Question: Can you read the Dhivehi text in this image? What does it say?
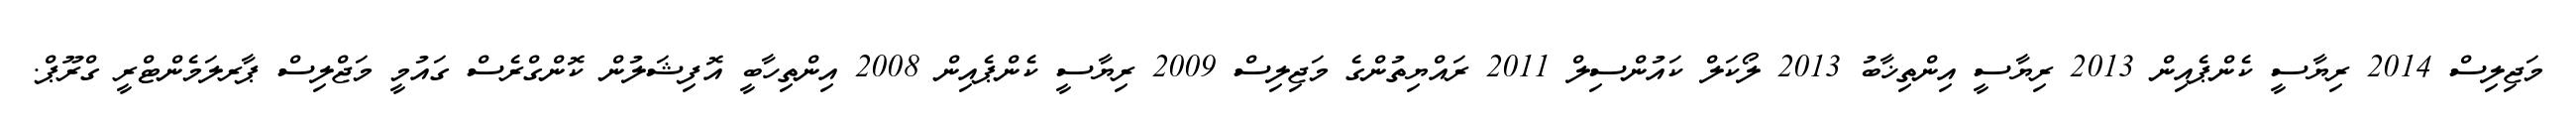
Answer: މަޖިލިސް 2014 ރިޔާސީ ކެންޕެއިން 2013 ރިޔާސީ އިންތިޚާބު 2013 ލޯކަލް ކައުންސިލް 2011 ރައްޔިތުންގެ މަޖިލިސް 2009 ރިޔާސީ ކެންޕެއިން 2008 އިންތިހާބީ އޮފިޝަލުން ކޮންގްރެސް ގައުމީ މަޖްލިސް ޕާރލަމެންޓްރީ ގްރޫޕް.